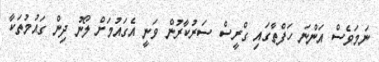
ނަމަވެސް އަންނަ ހަފްތާގައި ގްރީސް ސަރުކާރުން ވަނީ އެގައުމަށް ލޯނު ދިން ގައުމުތަކާ